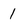
Character: 1